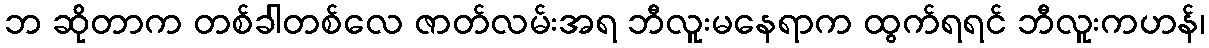
ဘ ဆိုတာက တစ်ခါတစ်လေ ဇာတ်လမ်းအရ ဘီလူးမနေရာက ထွက်ရရင် ဘီလူးကဟန်၊